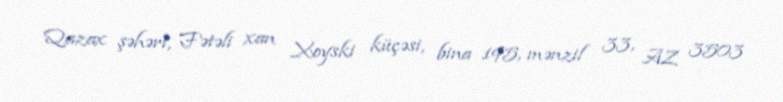
Qazax şəhəri, Fətəli xan Xoyski küçəsi, bina 195, mənzil 33, AZ 3503